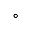
^ { \circ }